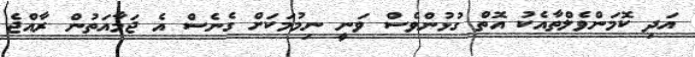
އަދި ކޮމަންވެލްތާއެކު އޮތް ގުޅުންވެސް ވަނީ ނިމުމަކަށް ގެނެސް އެ ޖަމާއަތުން ރާއްޖެ